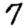
Digit: 7